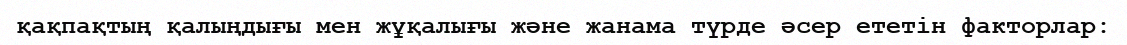
қақпақтың қалыңдығы мен жұқалығы және жанама түрде әсер ететін факторлар: